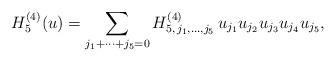
LaTeX: \begin{align*}H^{(4)}_5(u)=\sum_{j_1+\dots+j_5=0} H^{(4)}_{5,\,j_1,\dots, j_5}\,u_{j_1} u_{j_2} u_{j_3} u_{j_4} u_{j_5},\end{align*}